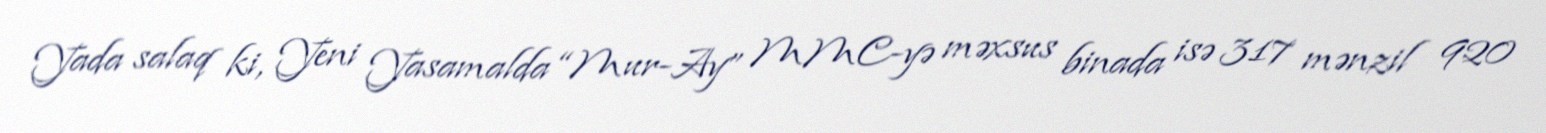
Yada salaq ki, Yeni Yasamalda “Mur-Ay” MMC-yə məxsus binada isə 317 mənzil 920